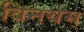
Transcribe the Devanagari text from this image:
विनयम्